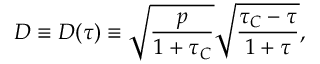
\begin{array} { c c c } { \displaystyle { D \equiv D ( \tau ) \equiv \sqrt { \frac { p } { 1 + \tau _ { C } } } \sqrt { \frac { \tau _ { C } - \tau } { 1 + \tau } } , } } \end{array}